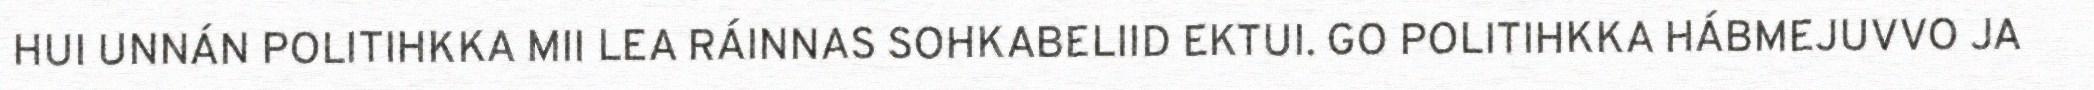
HUI UNNÁN POLITIHKKA MII LEA RÁINNAS SOHKABELIID EKTUI. GO POLITIHKKA HÁBMEJUVVO JA